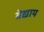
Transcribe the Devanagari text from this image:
वेद्याय